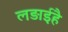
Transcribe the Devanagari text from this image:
लड़ाईहै